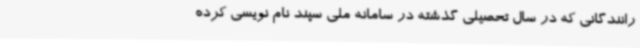
رانندگانی که در سال تحصیلی گذشته در سامانه ملی سپند نام نویسی کرده